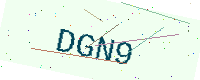
Text: DGN9